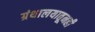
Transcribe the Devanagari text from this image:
ग्रंथालयातूनही